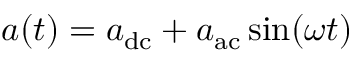
a ( t ) = a _ { \mathrm { d c } } + a _ { \mathrm { a c } } \sin ( \omega t )